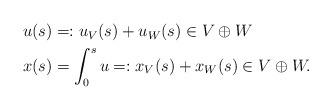
LaTeX: \begin{align*} \begin{aligned}u(s)&=: u_V(s)+ u_W(s)\in V\oplus W\\x(s)&=\int_0^s u= :x_V(s)+ x_W(s) \in V\oplus W .\end{aligned}\end{align*}